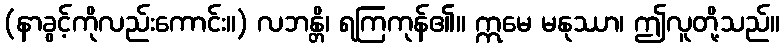
(နာခွင့်ကိုလည်းကောင်း။) လဘန္တိ၊ ရကြကုန်၏။ ဣမေ မနုဿာ၊ ဤလူတို့သည်။